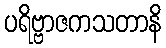
ပရိဗ္ဗာဇကသတာနိ